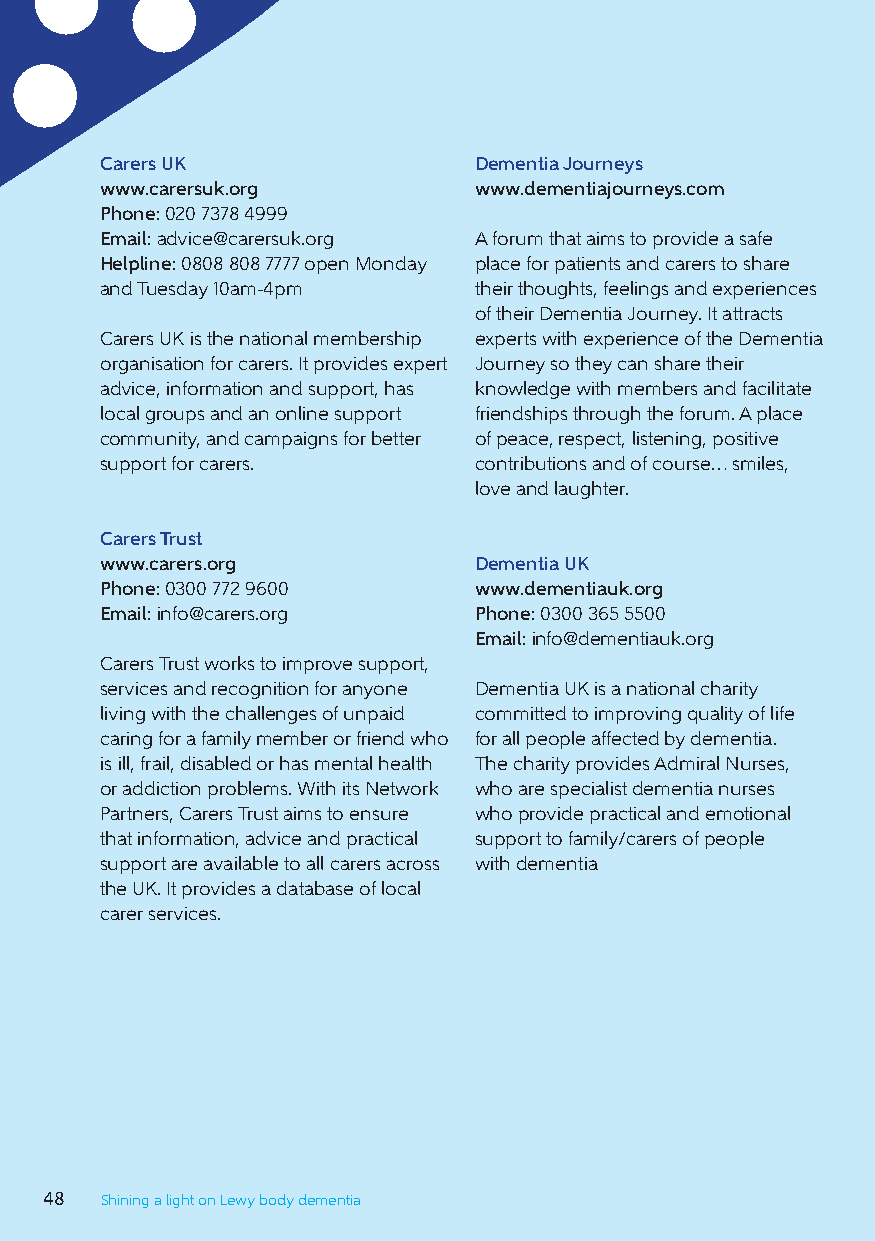
Carers UK               Dementia Journeys
 www.carersuk.org        www.dementiajourneys.com
 Phone: 020 7378 4999
 Email: advice@carersuk.org A forum that aims to provide a safe
 Helpline: 0808 808 7777 open Monday place for patients and carers to share
 and Tuesday 10am-4pm    their thoughts, feelings and experiences
 of their Dementia Journey. It attracts
 Carers UK is the national membership experts with experience of the Dementia
 organisation for carers. It provides expert Journey so they can share their
 advice, information and support, has knowledge with members and facilitate
 local groups and an online support friendships through the forum. A place
 community, and campaigns for better of peace, respect, listening, positive
 support for carers.     contributions and of course… smiles,
 love and laughter.
 Carers Trust
 www.carers.org          Dementia UK
 Phone: 0300 772 9600    www.dementiauk.org
 Email: info@carers.org  Phone: 0300 365 5500
 Email: info@dementiauk.org
 Carers Trust works to improve support,
 services and recognition for anyone Dementia UK is a national charity
 living with the challenges of unpaid committed to improving quality of life
 caring for a family member or friend who for all people affected by dementia.
 is ill, frail, disabled or has mental health The charity provides Admiral Nurses,
 or addiction problems. With its Network who are specialist dementia nurses
 Partners, Carers Trust aims to ensure who provide practical and emotional
 that information, advice and practical support to family/carers of people
 support are available to all carers across with dementia
 the UK. It provides a database of local
 carer services.
 48  Shining a light on Lewy body dementia